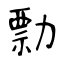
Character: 勡